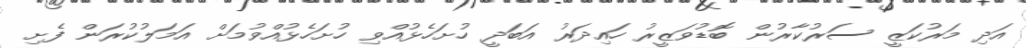
އަދި މަރުކަޒީ ސަރުކާރުން ބޮޑުވަޒީރު ހައިދަރު އަބަދީ ހުށަހެޅުއްވި ހުށަހެޅުއްވުމަށް އަމަލުކުރަން ފެށި